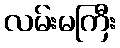
လမ်းမကြီး